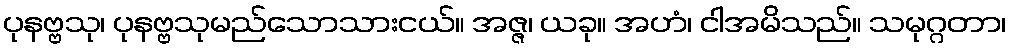
ပုနဗ္ဗသု၊ ပုနဗ္ဗသုမည်သောသားငယ်။ အဇ္ဇ၊ ယခု။ အဟံ၊ ငါအမိသည်။ သမုဂ္ဂတာ၊